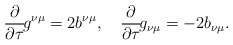
\begin{align*}\frac{\partial}{\partial\tau}\!g^{\nu\mu}=2b^{\nu\mu},\hspace{1em}\frac{\partial}{\partial\tau}\!g_{\nu\mu}=-2b_{\nu\mu}.\end{align*}